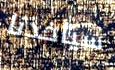
سيأخذنا